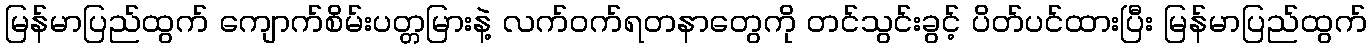
မြန်မာပြည်ထွက် ကျောက်စိမ်းပတ္တမြားနဲ့ လက်ဝက်ရတနာတွေကို တင်သွင်းခွင့် ပိတ်ပင်ထားပြီး မြန်မာပြည်ထွက်